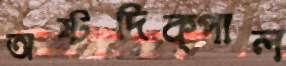
অষ্টদিক্‌পাল